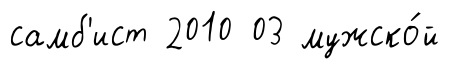
самб'ист 2010 03 мужско́й